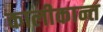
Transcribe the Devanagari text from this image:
कालीकान्त